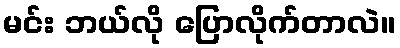
မင်း ဘယ်လို ပြောလိုက်တာလဲ။